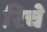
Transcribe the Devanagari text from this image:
रिचे